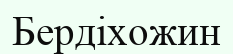
Бердіхожин